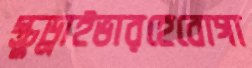
স্ক্রুড্রাইভারহেবোগা